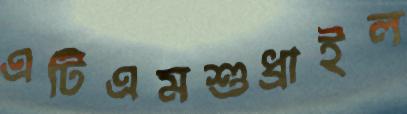
এটিএমশুধ্‌রাইল